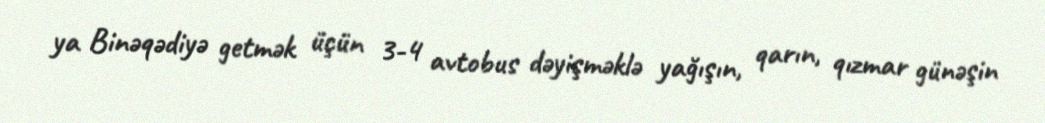
ya Binəqədiyə getmək üçün 3-4 avtobus dəyişməklə yağışın, qarın, qızmar günəşin